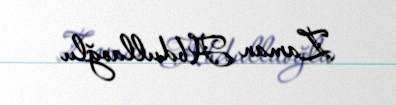
Zaman Abdullaoğlu